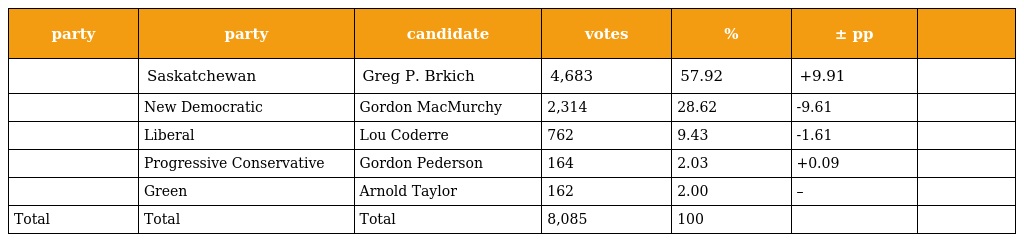
| party | party | candidate | votes | % | ± pp |  |
 | --- | --- | --- | --- | --- | --- | --- |
 |  | Saskatchewan | Greg P. Brkich | 4,683 | 57.92 | +9.91 |  |
 |  | New Democratic | Gordon MacMurchy | 2,314 | 28.62 | -9.61 |  |
 |  | Liberal | Lou Coderre | 762 | 9.43 | -1.61 |  |
 |  | Progressive Conservative | Gordon Pederson | 164 | 2.03 | +0.09 |  |
 |  | Green | Arnold Taylor | 162 | 2.00 | – |  |
 | Total | Total | Total | 8,085 | 100 |  |  |